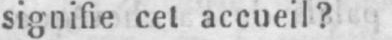
signifie cet accueil?